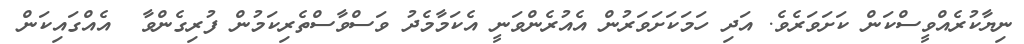
ނިޔާކުރެއްވީސްކަން ކަށަވަރެވެ. އަދި ހަމަކަށަވަރުން އެއުރެންވަނީ އެކަމާމެދު ވަސްވާސްތެރިކަމުން ފުރިގެންވާ  އެއްގައިކަން